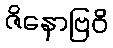
ဇိနောဗြဝိ